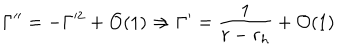
LaTeX: \Gamma ^ { \prime \prime } = - \Gamma ^ { 2 } + { \cal { O } } ( 1 ) \Rightarrow \Gamma ^ { \prime } = \frac { 1 } { r - r _ { h } } + { \cal { O } } ( 1 )